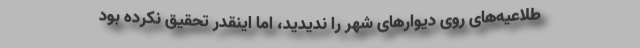
طلاعیه‌های روی دیوارهای شهر را ندیدید، اما اینقدر تحقیق نکرده بود